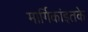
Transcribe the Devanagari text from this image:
मार्गिकांइतके